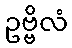
ဥဗ္ဗိလံ